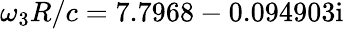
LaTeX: \omega_{3}R/c=7.7968-0.094903\mathrm{i}